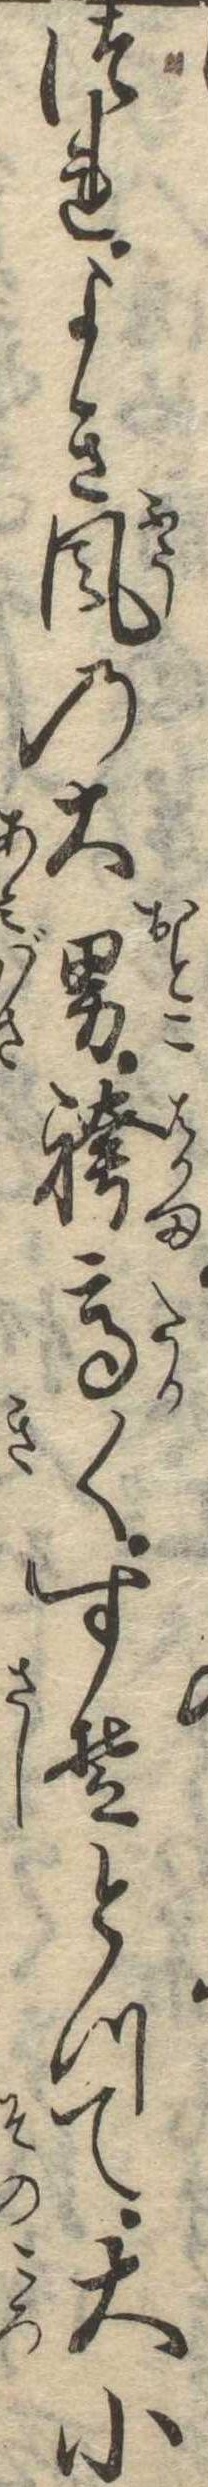
つれよき風の大男袴高くすそとつて大小